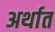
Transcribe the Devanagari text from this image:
अर्थात